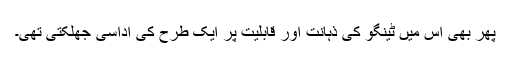
پھر بھی اس میں ٹینگو کی ذہانت اور قابلیت پر ایک طرح کی اداسی جھلکتی تھی۔